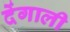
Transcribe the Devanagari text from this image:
देंगाली